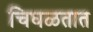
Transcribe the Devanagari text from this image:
चिघळतात